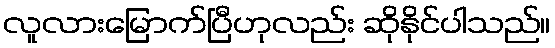
လူလားမြောက်ပြီဟုလည်း ဆိုနိုင်ပါသည်။